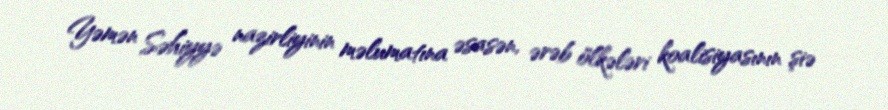
Yəmən Səhiyyə nazirliyinin məlumatına əsasən, ərəb ölkələri koalisiyasının şiə